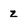
Character: z